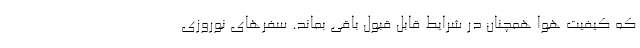
که کیفیت هوا همچنان در شرایط قابل قبول باقی بماند. سفرهای نوروزی